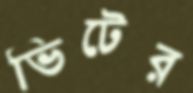
ভিটের